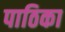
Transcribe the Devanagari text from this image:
पाठिका